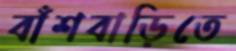
বাঁশবাড়িতে